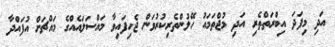
އަދި މިފަދަ އިބްރަތްތެެރި އަދި މުޖްތަމައު ހޭލުންތެރިކުރުވަން ޖެހިފައިވާ މައްސަލައެއްގެ މައްޗަށް އުފައްދާ